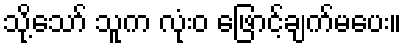
သို့သော် သူက လုံးဝ ဖြောင့်ချက်မပေး။